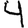
Digit: 4